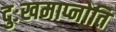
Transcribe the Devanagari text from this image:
दुःखमाप्नोति